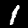
Digit: 1